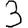
Digit: 3